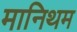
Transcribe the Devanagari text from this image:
मानिथम